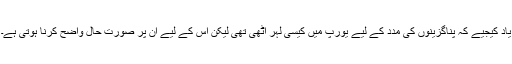
یاد کیجیے کہ پناگزینوں کی مدد کے لیے یورپ میں کیسی لہر اٹھی تھی لیکن اس کے لیے ان پر صورت حال واضح کرنا ہوتی ہے۔